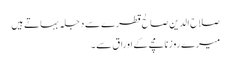
صلاح الدین صالح قطرے سے دجلہ بہاتے ہیں
میرے روزنامچے کے اوراق سے ۔